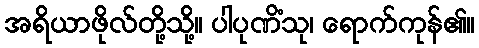
အရိယာဖိုလ်တို့သို့။ ပါပုဏိံသု၊ ရောက်ကုန်၏။